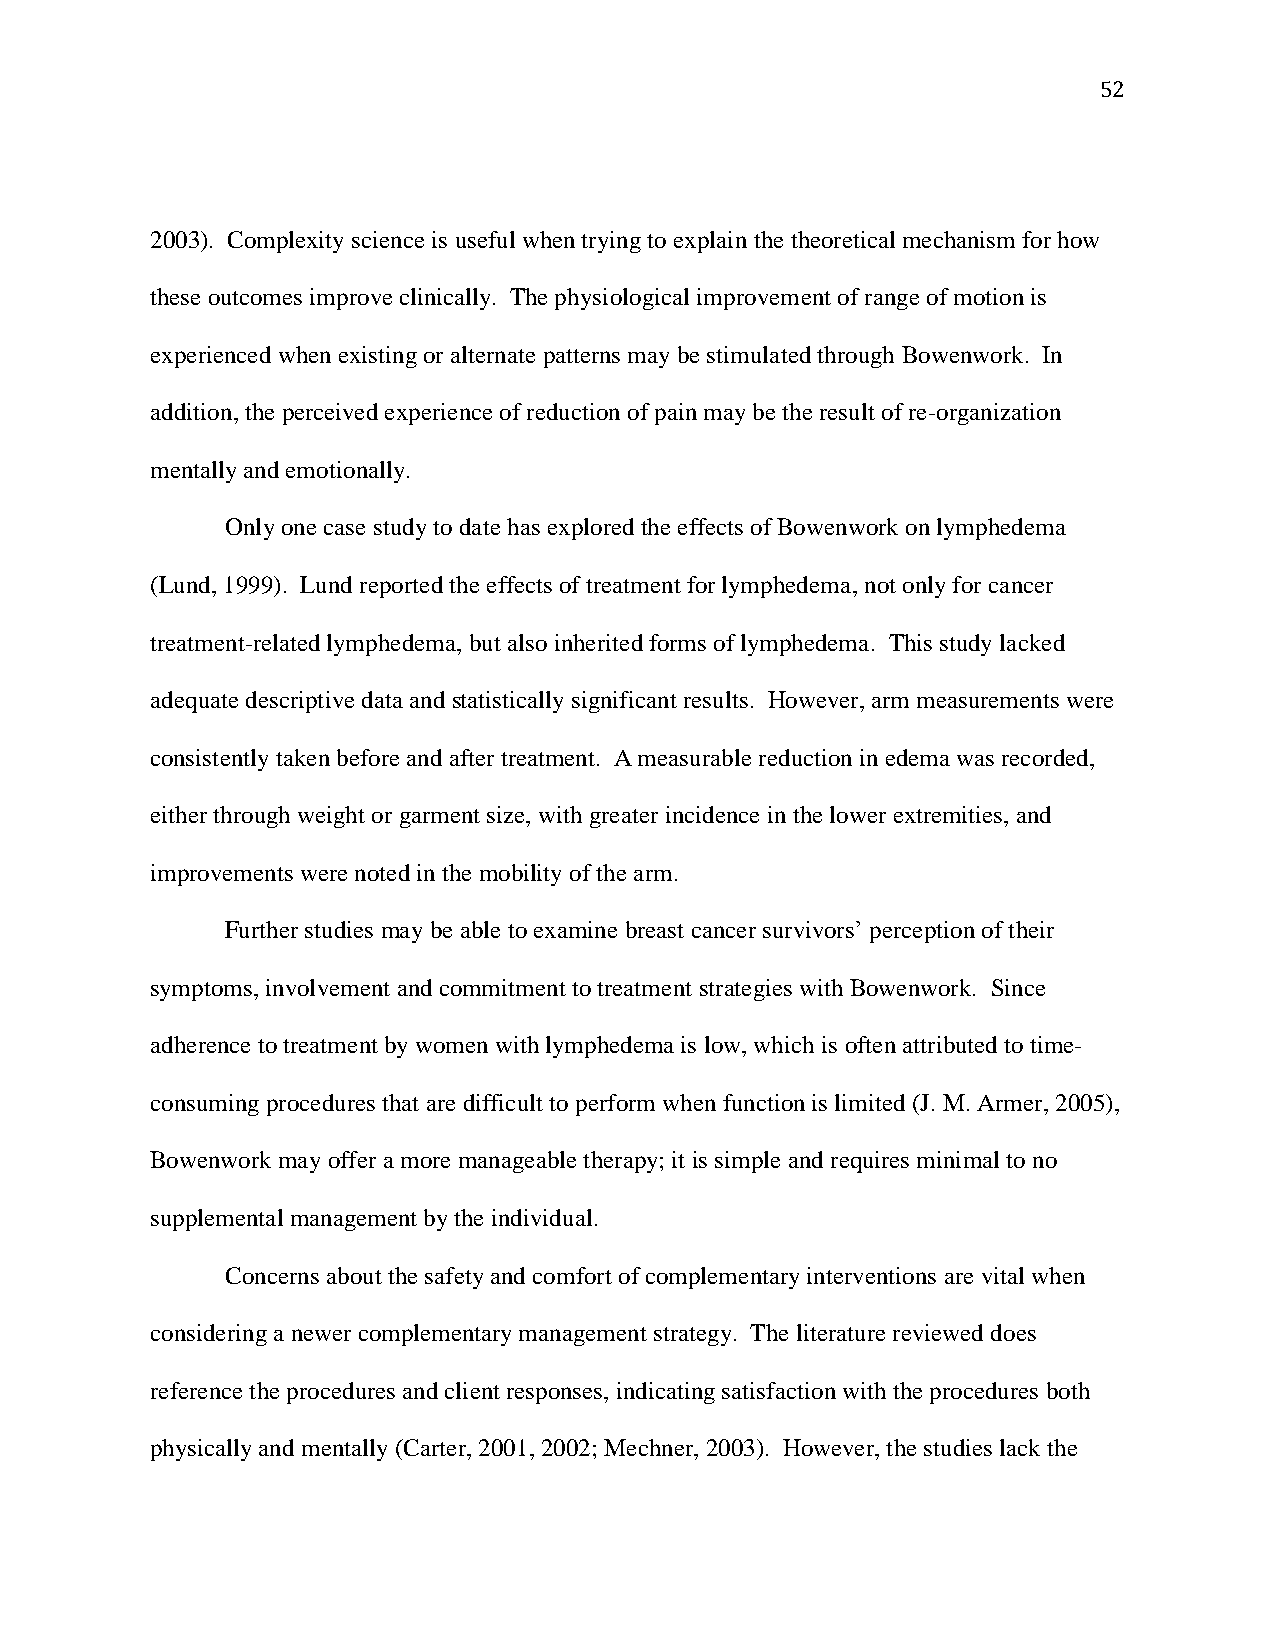
52
 2003). Complexity science is useful when trying to explain the theoretical mechanism for how
 these outcomes improve clinically. The physiological improvement of range of motion is
 experienced when existing or alternate patterns may be stimulated through Bowenwork. In
 addition, the perceived experience of reduction of pain may be the result of re-organization
 mentally and emotionally.
 Only one case study to date has explored the effects of Bowenwork on lymphedema
 (Lund, 1999). Lund reported the effects of treatment for lymphedema, not only for cancer
 treatment-related lymphedema, but also inherited forms of lymphedema. This study lacked
 adequate descriptive data and statistically significant results. However, arm measurements were
 consistently taken before and after treatment. A measurable reduction in edema was recorded,
 either through weight or garment size, with greater incidence in the lower extremities, and
 improvements were noted in the mobility of the arm.
 Further studies may be able to examine breast cancer survivors’ perception of their
 symptoms, involvement and commitment to treatment strategies with Bowenwork. Since
 adherence to treatment by women with lymphedema is low, which is often attributed to time-
 consuming procedures that are difficult to perform when function is limited (J. M. Armer, 2005),
 Bowenwork may offer a more manageable therapy; it is simple and requires minimal to no
 supplemental management by the individual.
 Concerns about the safety and comfort of complementary interventions are vital when
 considering a newer complementary management strategy. The literature reviewed does
 reference the procedures and client responses, indicating satisfaction with the procedures both
 physically and mentally (Carter, 2001, 2002; Mechner, 2003). However, the studies lack the